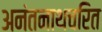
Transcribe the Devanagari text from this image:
अनंतनाथचरित